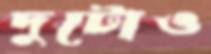
দুটোও